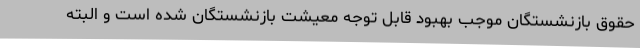
حقوق بازنشستگان موجب بهبود قابل توجه معیشت بازنشستگان شده است و البته